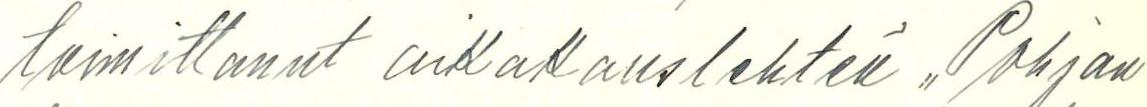
toimittanut aikakauslehteä ,,Pohjan